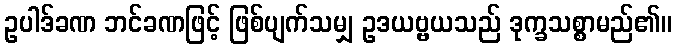
ဥပါဒ်ခဏ ဘင်ခဏဖြင့် ဖြစ်ပျက်သမျှ ဥဒယဗ္ဗယသည် ဒုက္ခသစ္စာမည်၏။